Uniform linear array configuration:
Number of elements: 4
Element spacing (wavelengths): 1
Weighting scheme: kaiser
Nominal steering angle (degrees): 60
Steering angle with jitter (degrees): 61.494
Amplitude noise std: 0.05
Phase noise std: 0.05

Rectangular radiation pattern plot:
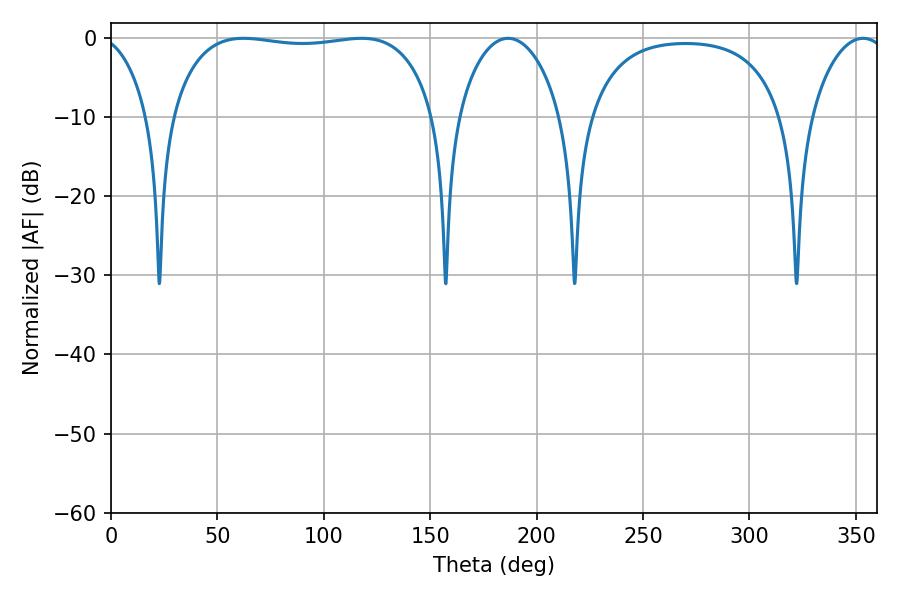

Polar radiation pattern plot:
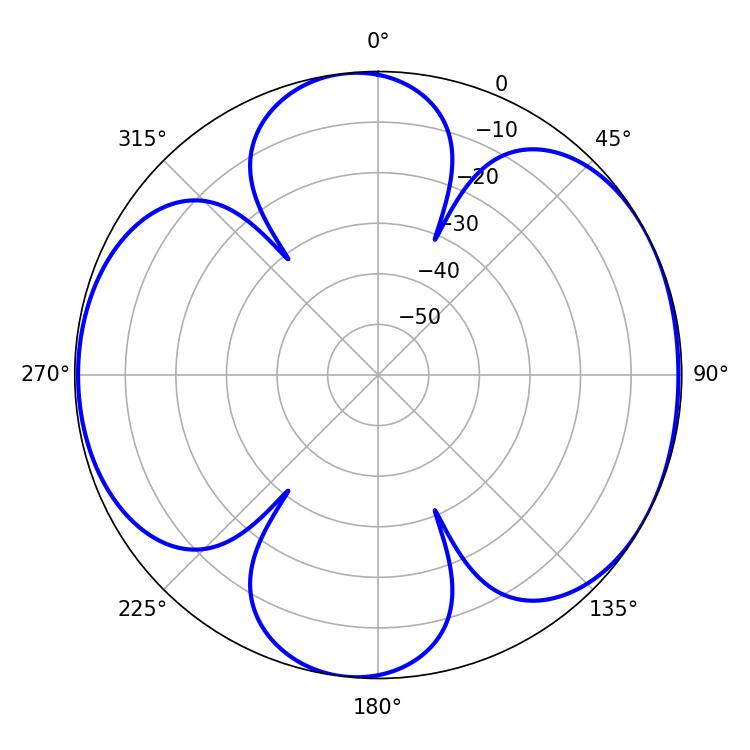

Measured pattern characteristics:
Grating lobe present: TRUE
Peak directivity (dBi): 6.418
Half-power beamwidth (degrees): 99.36
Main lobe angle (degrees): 62.28